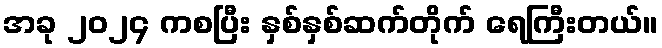
အခု ၂၀၂၄ ကစပြီး နှစ်နှစ်ဆက်တိုက် ရေကြီးတယ်။